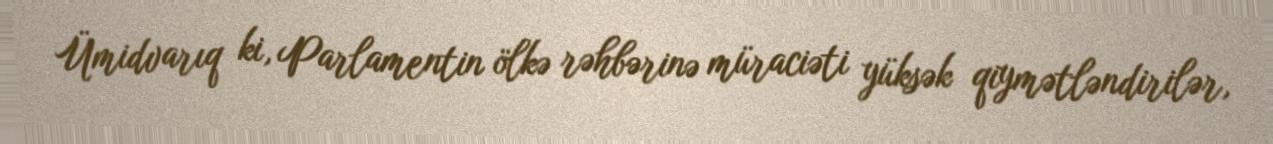
Ümidvarıq ki, Parlamentin ölkə rəhbərinə müraciəti yüksək qiymətləndirilər,